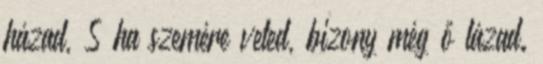
házad, S ha szemére veted, bizony még ő lázad.